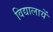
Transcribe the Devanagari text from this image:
विद्यालायें